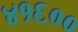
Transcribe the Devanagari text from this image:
४१६००